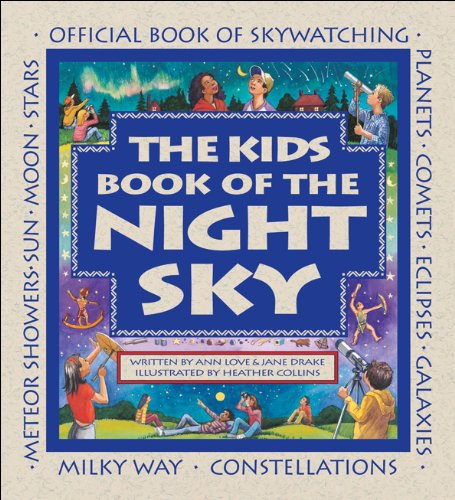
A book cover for The Kids Book of the Night Sky; Ann Love; Children's Books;